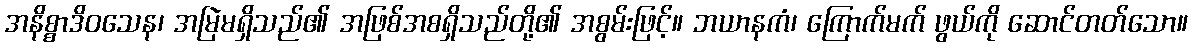
အနိစ္စာဒိဝသေန၊ အမြဲမရှိသည်၏ အဖြစ်အစရှိသည်တို့၏ အစွမ်းဖြင့်။ ဘယာနကံ၊ ကြောက်မက် ဖွယ်ကို ဆောင်တတ်သော။